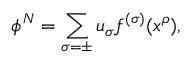
\phi ^ { N } = \sum _ { \sigma = \pm } u _ { \sigma } f ^ { ( \sigma ) } ( x ^ { \rho } ) ,